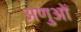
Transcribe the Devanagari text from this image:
अणुआें